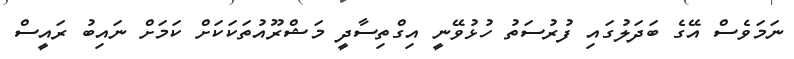
ނަމަވެސް އޭގެ ބަދަލުގައި ފުރުސަތު ހުޅުވޭނީ އިގްތިސާދީ މަޝްރޫއުތަކަކަށް ކަމަށް ނައިބު ރައީސް